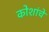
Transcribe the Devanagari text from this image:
कोशांचे